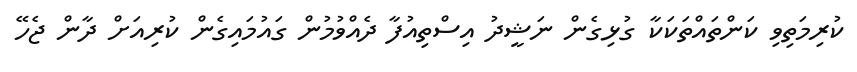
ކުރިމަތިވި ކަންތައްތަކަކާ ގުޅިގެން ނަޝީދު އިސްތިއުފާ ދެއްވުމުން ގައުމައިގެން ކުރިއަށް ދާން ޖެހޭ